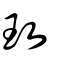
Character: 玫